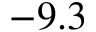
- 9 . 3